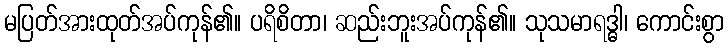
မပြတ်အားထုတ်အပ်ကုန်၏။ ပရိစိတာ၊ ဆည်းဘူးအပ်ကုန်၏။ သုသမာရဒ္ဓါ၊ ကောင်းစွာ